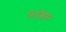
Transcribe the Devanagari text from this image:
५१४०